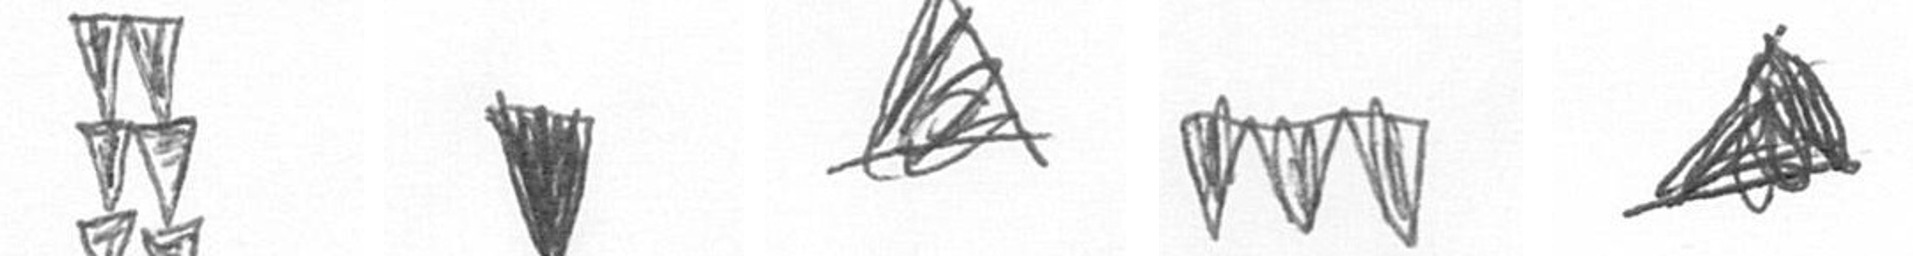
Y J O L O